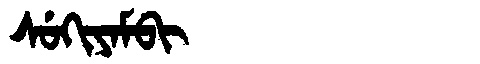
Manchu: ᠰᡠᡴᡳᠶᠠᠮᠪᡳ
Romanization: SUKIYAMBI